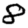
Digit: 8